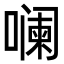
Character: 𪢌